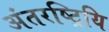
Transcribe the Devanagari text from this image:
अंतरष्ट्रियि